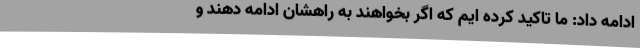
ادامه داد: ما تاکید کرده ایم که اگر بخواهند به راهشان ادامه دهند و